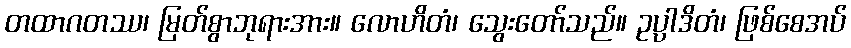
တထာဂတဿ၊ မြတ်စွာဘုရားအား။ လောဟိတံ၊ သွေးတော်သည်။ ဥပ္ပါဒိတံ၊ ဖြစ်စေအပ်